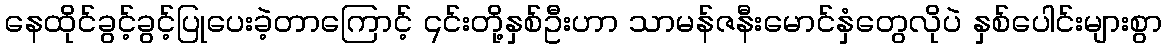
နေထိုင်ခွင့်ခွင့်ပြုပေးခဲ့တာကြောင့် ၎င်းတို့နှစ်ဦးဟာ သာမန်ဇနီးမောင်နှံတွေလိုပဲ နှစ်ပေါင်းများစွာ